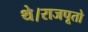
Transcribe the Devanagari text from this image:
थे।राजपूतो